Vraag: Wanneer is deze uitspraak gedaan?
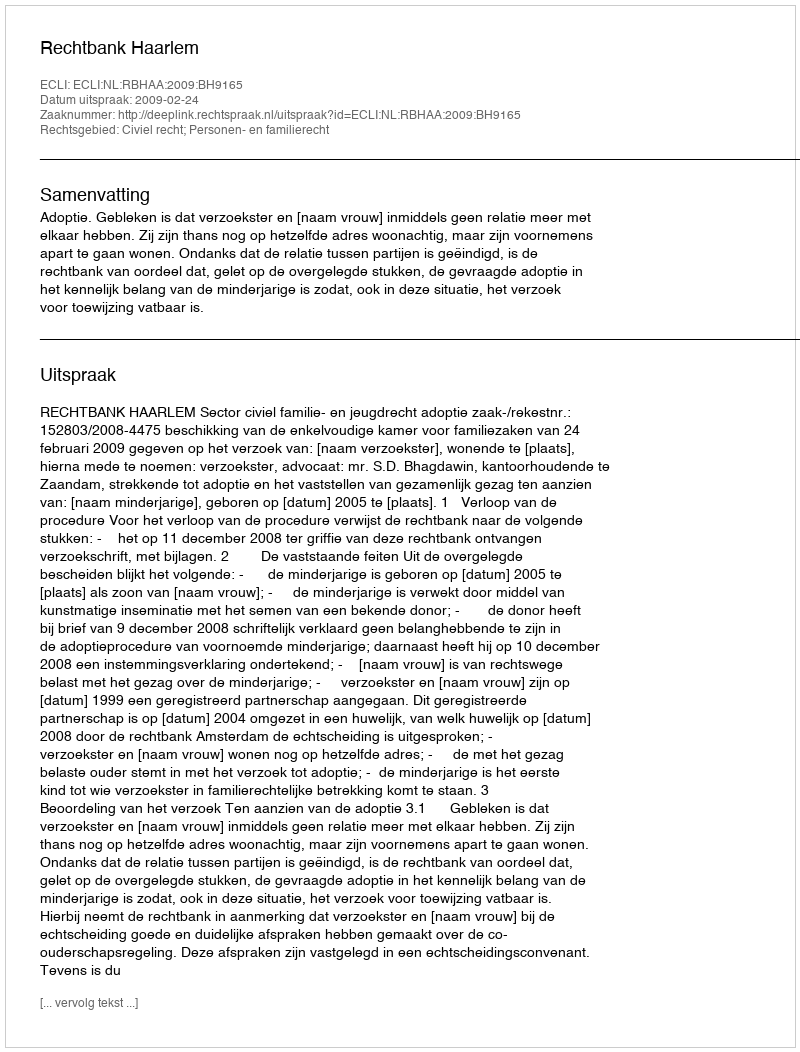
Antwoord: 2009-02-24